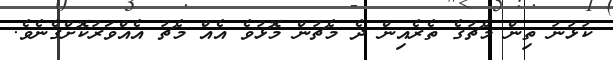
ކުޅުނު ތިން މެޗުގެ ތެރެެއިން ދެ މެޗުން މޮޅުވެ އެއް މެޗު އެއްވަރުކޮށްގެނެވެ.